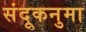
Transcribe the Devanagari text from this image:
संदूकनुमा